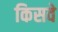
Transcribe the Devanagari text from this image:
किसवे